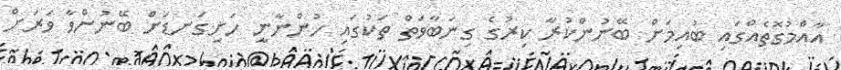
އާއްމުގޮތެއްގައި ބުއިމަށް ބޭނުންކުރާ ކިރުގެ ގިނަބާވަތް ތަކުގައި ހުންނާނީ ހަށިގަނޑަށް ބޭނުންވާ ވަރަށް